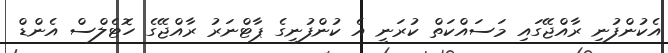
އެކުންފުނި ރާއްޖޭގައި މަސައްކަތް ކުރަނީ އެ ކުންފުނީގެ ޕާޓްނަރު ރާއްޖޭގެ ހޮޓެލްސް އެންޑް